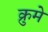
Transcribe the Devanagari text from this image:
क्रुमे